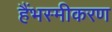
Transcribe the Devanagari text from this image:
हैंभस्मीकरण